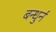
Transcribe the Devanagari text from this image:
बन्धुर्न